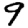
Digit: 9